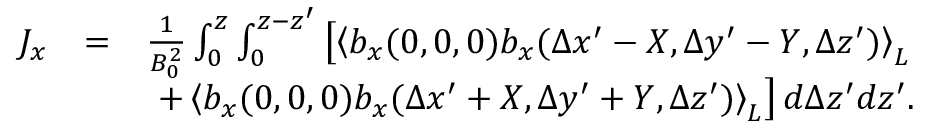
\begin{array} { r l r } { J _ { x } } & { = } & { \frac { 1 } { B _ { 0 } ^ { 2 } } \int _ { 0 } ^ { z } \int _ { 0 } ^ { z - z ^ { \prime } } \left[ \left\langle b _ { x } ( 0 , 0 , 0 ) b _ { x } ( \Delta x ^ { \prime } - X , \Delta y ^ { \prime } - Y , \Delta z ^ { \prime } ) \right\rangle _ { L } \right. } \\ & { } & { \left. + \left\langle b _ { x } ( 0 , 0 , 0 ) b _ { x } ( \Delta x ^ { \prime } + X , \Delta y ^ { \prime } + Y , \Delta z ^ { \prime } ) \right\rangle _ { L } \right] d \Delta z ^ { \prime } d { z } ^ { \prime } . } \end{array}